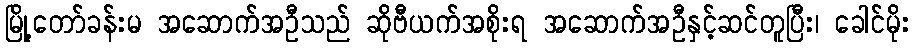
မြို့တော်ခန်းမ အဆောက်အဦသည် ဆိုဗီယက်အစိုးရ အဆောက်အဦနှင့်ဆင်တူပြီး၊ ခေါင်မိုး